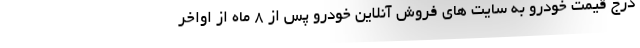
درج قیمت خودرو به سایت های فروش آنلاین خودرو پس از 8 ماه از اواخر